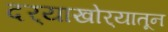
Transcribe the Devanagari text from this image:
दर्‍याखोर्‍यातून